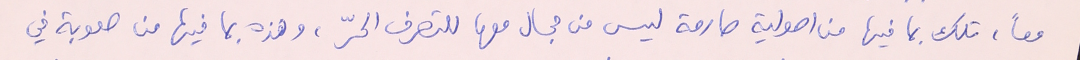
معاً، تلك بما فيها من اصولية صارمة ليس من مجال معها للتصرف الحرّ، وهذه بما فيها من صعوبة في